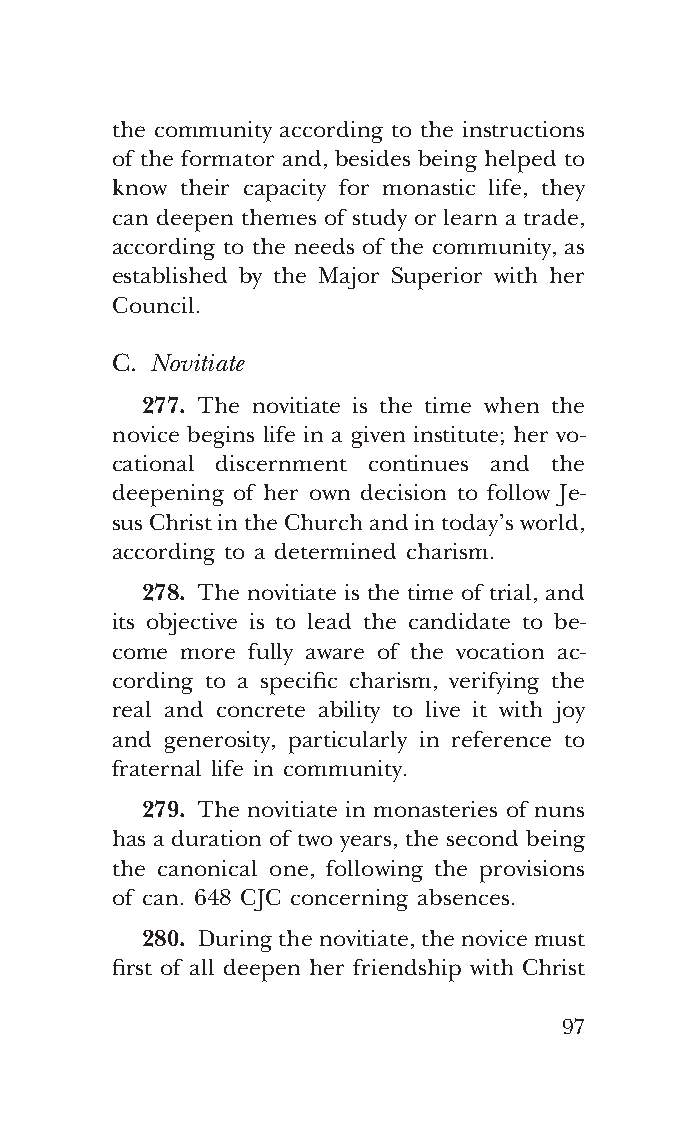
COR ORANS – NUOVO FORMATO – INGLESE 2ª BOZZA – 24 maggio 2018 – 11:12
 the community according to the instructions
 of the formator and, besides being helped to
 know their capacity for monastic life, they
 can deepen themes of study or learn a trade,
 according to the needs of the community, as
 established by the Major Superior with her
 Council.
 C. Novitiate
 277. The novitiate is the time when the
 novice begins life in a given institute; her vo-
 cational discernment continues and the
 deepening of her own decision to follow Je-
 sus Christ in the Church and in today’s world,
 according to a determined charism.
 278. The novitiate is the time of trial, and
 its objective is to lead the candidate to be-
 come more fully aware of the vocation ac-
 cording to a specific charism, verifying the
 real and concrete ability to live it with joy
 and generosity, particularly in reference to
 fraternal life in community.
 279. The novitiate in monasteries of nuns
 has a duration of two years, the second being
 the canonical one, following the provisions
 of can. 648 CJC concerning absences.
 280. During the novitiate, the novice must
 first of all deepen her friendship with Christ
 97